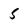
Character: 5